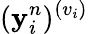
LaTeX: (\mathbf{y}_{i}^{n})^{(v_{i})}